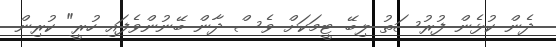
ދެން ކުޅެން ފުރުސަތު ލިބޭ ޓީމަކަށް ވެސް ދާން ބޭނުންވެފައި ހުރީ" ކުރިން